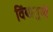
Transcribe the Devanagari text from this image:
विंबाणुणों